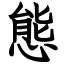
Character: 態